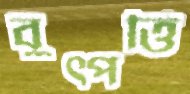
বুত্পত্তি